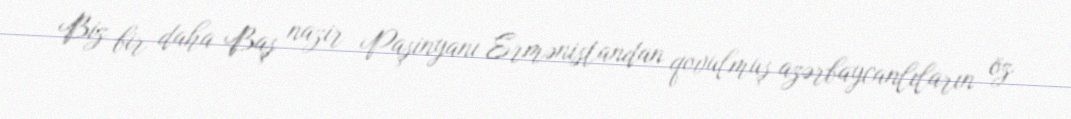
Biz bir daha Baş nazir Paşinyanı Ermənistandan qovulmuş azərbaycanlıların öz